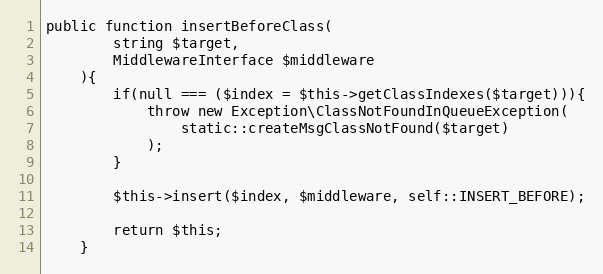
Language: PHP
public function insertBeforeClass(
        string $target,
        MiddlewareInterface $middleware
    ){
        if(null === ($index = $this->getClassIndexes($target))){
            throw new Exception\ClassNotFoundInQueueException(
                static::createMsgClassNotFound($target)
            );
        }

        $this->insert($index, $middleware, self::INSERT_BEFORE);

        return $this;
    }